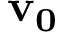
\mathbf { v _ { 0 } }